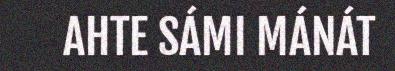
AHTE SÁMI MÁNÁT